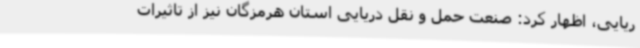
ریایی، اظهار کرد: صنعت حمل و نقل دریایی استان هرمزگان نیز از تاثیرات